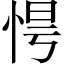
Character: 𢚹